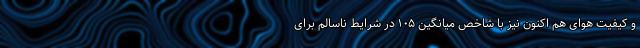
و کیفیت هوای هم اکنون نیز با شاخص میانگین ۱۰۵ در شرایط ناسالم برای